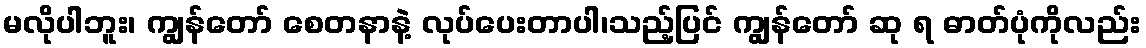
မလိုပါဘူး၊ ကျွန်တော် စေတနာနဲ့ လုပ်ပေးတာပါ၊သည့်ပြင် ကျွန်တော် ဆု ရ ဓာတ်ပုံကိုလည်း